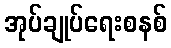
အုပ်ချုပ်ရေးစနစ်